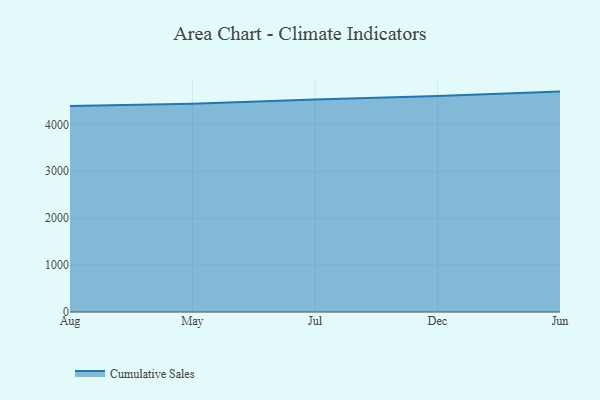
{"axis": {"x": "Month", "y": "Backlog"}, "legend": ["Cumulative Sales"], "data": [{"x": "Aug", "y": 4392.8, "type": "Cumulative Sales"}, {"x": "May", "y": 4441.0, "type": "Cumulative Sales"}, {"x": "Jul", "y": 4532.6, "type": "Cumulative Sales"}, {"x": "Dec", "y": 4602.7, "type": "Cumulative Sales"}, {"x": "Jun", "y": 4698.8, "type": "Cumulative Sales"}]}